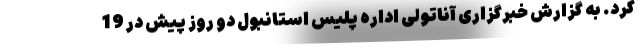
کرد. به گزارش خبرگزاری آناتولی اداره پلیس استانبول دو روز پیش در 19